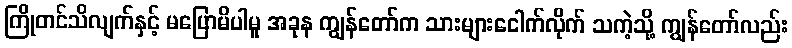
ကြိုတင်သိလျက်နှင့် မပြောမိပါမူ အခုန ကျွန်တော်က သားများငေါက်လိုက် သကဲ့သို့ ကျွန်တော်လည်း